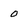
Character: 0